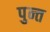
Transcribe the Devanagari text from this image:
पुन्त